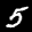
Label: 5